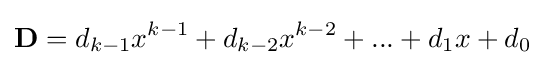
\mathbf {D} =d_{k-1}x^{k-1}+d_{k-2}x^{k-2}+...+d_{1}x+d_{0}